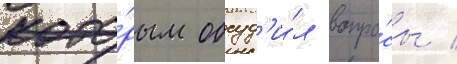
кото́рым обсуд'и́л вопро́сы /